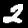
Digit: 2